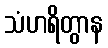
သံဟရိတွာန